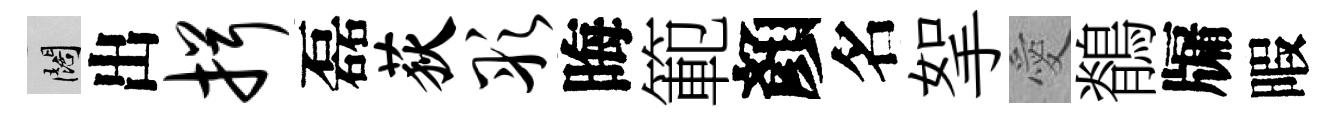
闊出揖磊荻彤晦範顏名挐愛鶺牖暇